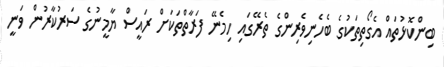
ބިންކޮޅުތައް އެގޯތިތަކުގެ ބެހެނިވެރިންގެ ތެރޭގައި ހިމެނޭ ފަރާތްތަކަށް ރައީސް ޔާމީނުގެ ސަރުކާރުން ވަނީ